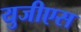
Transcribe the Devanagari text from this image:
युजीएस